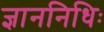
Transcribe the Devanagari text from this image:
ज्ञाननिधिः